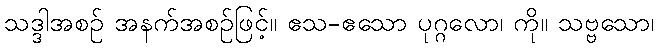
သဒ္ဒါအစဉ် အနက်အစဉ်ဖြင့်။ ဧသ-ဧသော ပုဂ္ဂလော၊ ကို။ သဗ္ဗသော၊